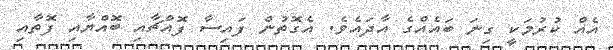
އެއް ކުރުމަކީ ގިނަ ބައެއްްގެ އާދައެވެ. އެގޮތުން ފައިސާ ފޮއްޗާއި ބޮއްޔާއި ފޮތާއި